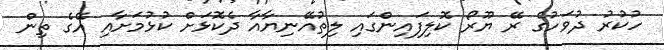
ހުކުރު ދުވަހުގެ ރޭ ޔޫރޯ ކޮލިފައިންގައި ލިތުއޭނިޔާއާ ދެކޮޅަށް ކުޅުމަށާއި އޭގެ ތިން